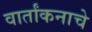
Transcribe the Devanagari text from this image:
वार्तांकनाचे